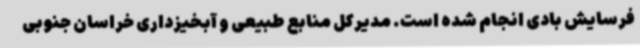
فرسایش بادی انجام شده است. مدیرکل منابع طبیعی و آبخیزداری خراسان جنوبی